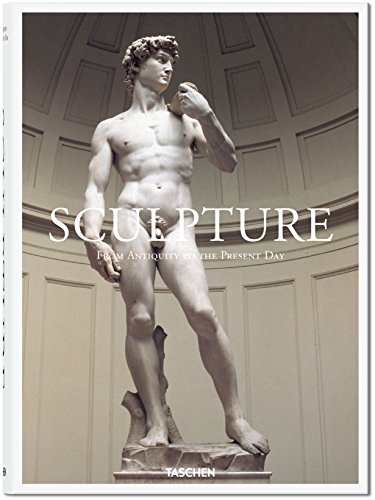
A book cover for Sculpture: From Antiquity to the Present Day; TASCHEN; Arts & Photography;